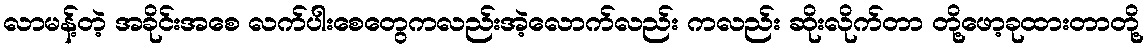
လာမန့်တဲ့ အခိုင်းအစေ လက်ပါးစေတွေကလည်းအဲ့လောက်လည်း ကလည်း ဆိုးလိုက်တာ တို့ဖော့ခုထားတာတို့